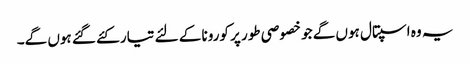
یہ وہ اسپتال ہوں گے جو خصوصی طور پر کورونا کے لئے تیار کئے گئے ہوں گے۔